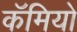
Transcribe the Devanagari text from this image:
कॅमियो